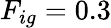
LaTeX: F_{ig}=0.3